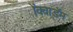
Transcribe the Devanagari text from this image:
ॲक्वाडॅम